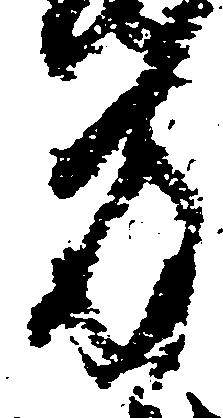
方